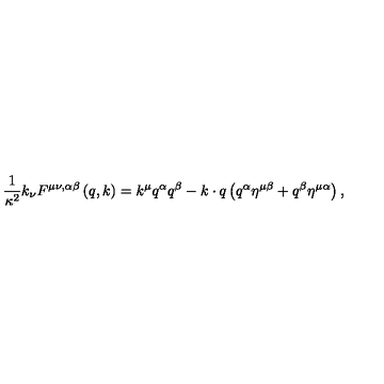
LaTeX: { \frac { 1 } { \kappa ^ { 2 } } } k _ { \nu } F ^ { \mu \nu , \alpha \beta } \left( q , k \right) = k ^ { \mu } q ^ { \alpha } q ^ { \beta } - k \cdot q \left( q ^ { \alpha } \eta ^ { \mu \beta } + q ^ { \beta } \eta ^ { \mu \alpha } \right) ,